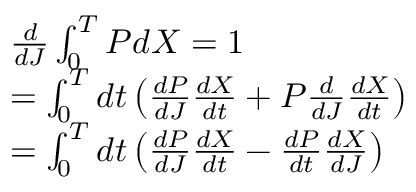
{ \begin{array} { r l } & { { \frac { d } { d J } } \int _ { 0 } ^ { T } P d X = 1 } \\ & { = \int _ { 0 } ^ { T } d t \left( { \frac { d P } { d J } } { \frac { d X } { d t } } + P { \frac { d } { d J } } { \frac { d X } { d t } } \right) } \\ & { = \int _ { 0 } ^ { T } d t \left( { \frac { d P } { d J } } { \frac { d X } { d t } } - { \frac { d P } { d t } } { \frac { d X } { d J } } \right) } \end{array} }